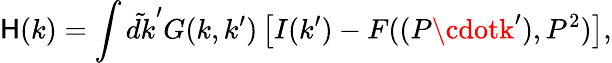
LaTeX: {\cal\mathsf{H}}(k)=\int\tilde{{dk}}^{\prime}G(k,k^{\prime})\left[I(k^{\prime})-F((P\cdotk^{\prime}),P^{2})\right],